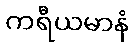
ကရီယမာနံ